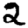
Digit: 2